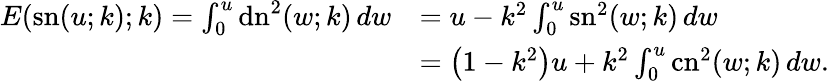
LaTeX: {\begin{array}{rl}{E{\left(\operatorname{sn}(u;k);k\right)}=\int_{0}^{u}\operatorname{dn}^{2}(w;k)\, dw}&{=u-k^{2}\int_{0}^{u}\operatorname{sn}^{2}(w;k)\, dw}\\ &{=\left(1-k^{2}\right)u+k^{2}\int_{0}^{u}\operatorname{cn}^{2}(w;k)\, dw.}\end{array}}